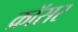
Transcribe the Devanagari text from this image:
क्रॉसर